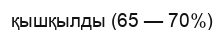
қышқылды (65 — 70%)